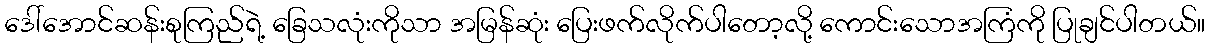
ဒေါ်အောင်ဆန်းစုကြည်ရဲ့ ခြေသလုံးကိုသာ အမြန်ဆုံး ပြေးဖက်လိုက်ပါတော့လို့ ကောင်းသောအကြံကို ပြုချင်ပါတယ်။